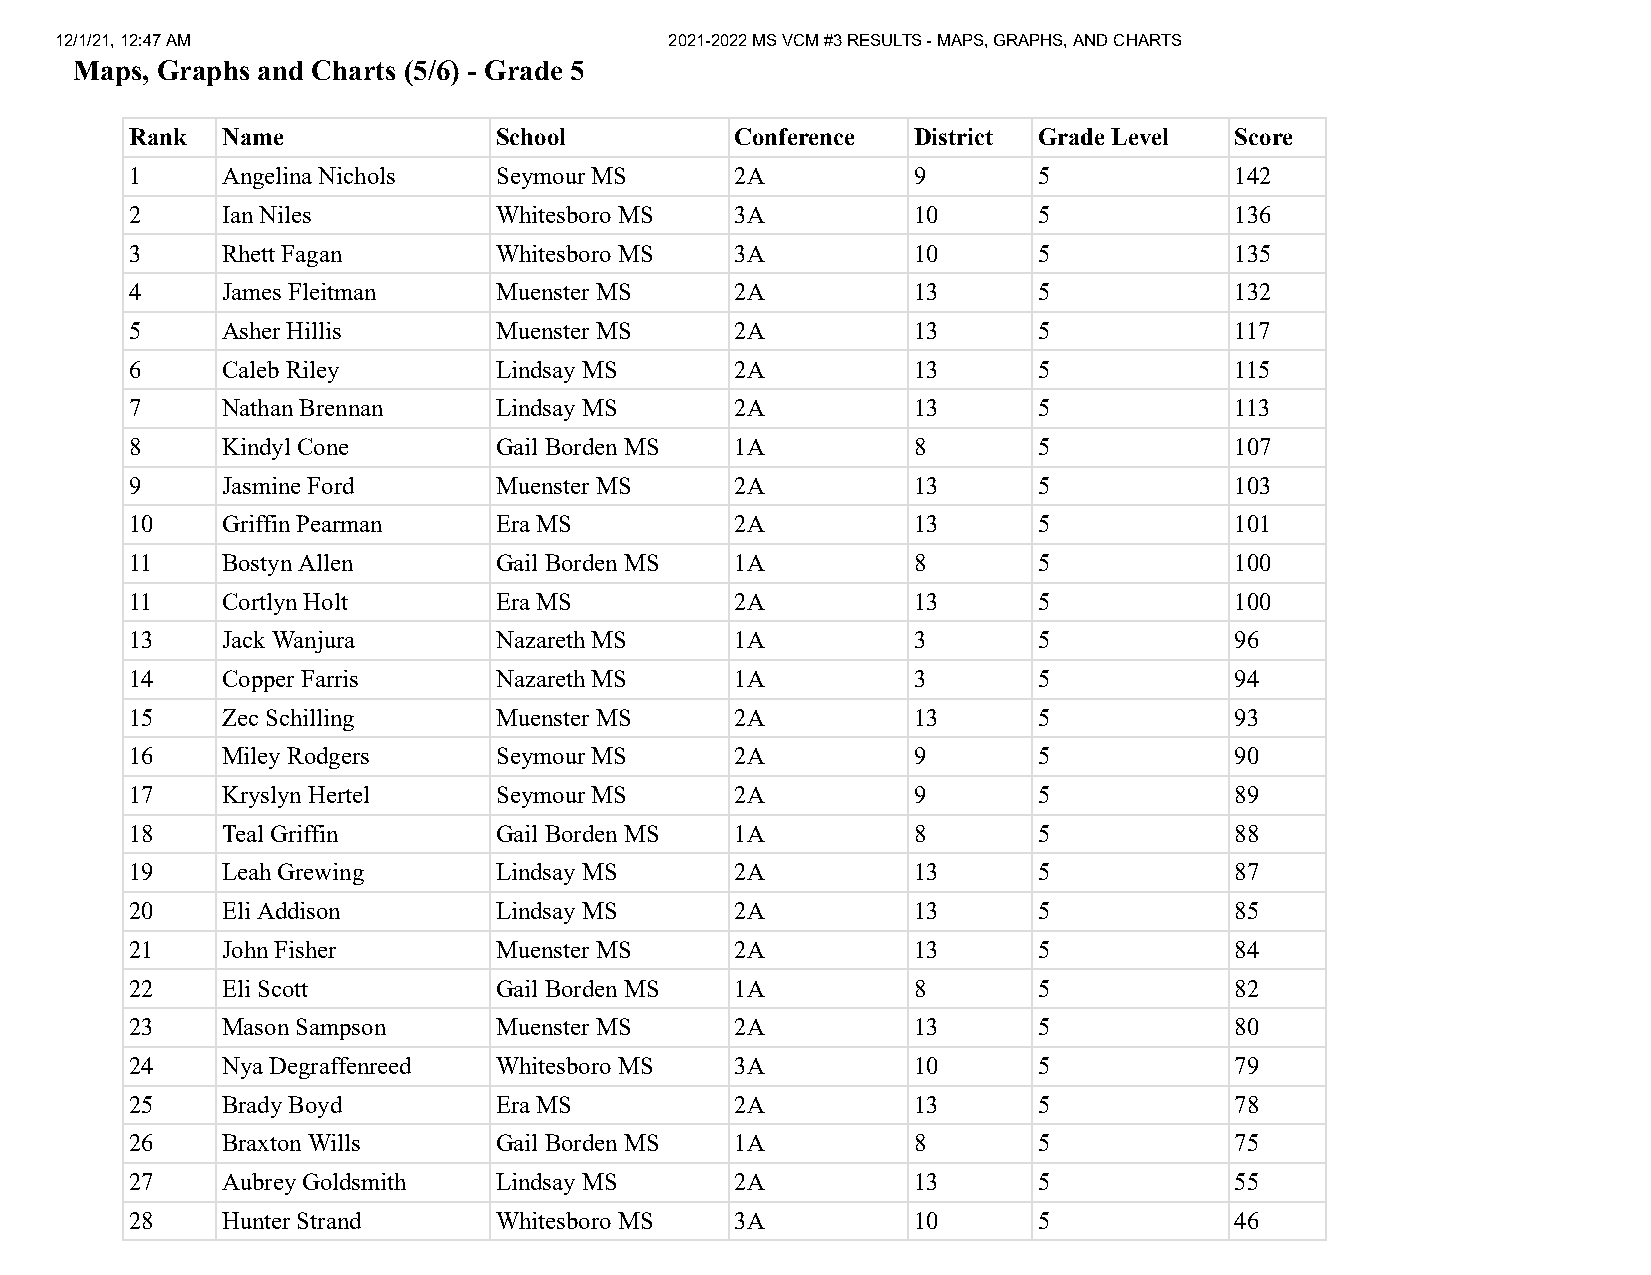
12/1/21, 12:47 AM                       2021-2022 MS VCM #3 RESULTS - MAPS, GRAPHS, AND CHARTS
 Maps, Graphs and Charts (5/6) - Grade 5
 Rank  Name              School          Conference District Grade Level  Score
 1     Angelina Nichols  Seymour MS      2A         9        5            142
 2     Ian Niles         Whitesboro MS   3A         10       5            136
 3     Rhett Fagan       Whitesboro MS   3A         10       5            135
 4     James Fleitman    Muenster MS     2A         13       5            132
 5     Asher Hillis      Muenster MS     2A         13       5            117
 6     Caleb Riley       Lindsay MS      2A         13       5            115
 7     Nathan Brennan    Lindsay MS      2A         13       5            113
 8     Kindyl Cone       Gail Borden MS  1A         8        5            107
 9     Jasmine Ford      Muenster MS     2A         13       5            103
 10    Griffin Pearman   Era MS          2A         13       5            101
 11    Bostyn Allen      Gail Borden MS  1A         8        5            100
 11    Cortlyn Holt      Era MS          2A         13       5            100
 13    Jack Wanjura      Nazareth MS     1A         3        5            96
 14    Copper Farris     Nazareth MS     1A         3        5            94
 15    Zec Schilling     Muenster MS     2A         13       5            93
 16    Miley Rodgers     Seymour MS      2A         9        5            90
 17    Kryslyn Hertel    Seymour MS      2A         9        5            89
 18    Teal Griffin      Gail Borden MS  1A         8        5            88
 19    Leah Grewing      Lindsay MS      2A         13       5            87
 20    Eli Addison       Lindsay MS      2A         13       5            85
 21    John Fisher       Muenster MS     2A         13       5            84
 22    Eli Scott         Gail Borden MS  1A         8        5            82
 23    Mason Sampson     Muenster MS     2A         13       5            80
 24    Nya Degraffenreed Whitesboro MS   3A         10       5            79
 25    Brady Boyd        Era MS          2A         13       5            78
 26    Braxton Wills     Gail Borden MS  1A         8        5            75
 27    Aubrey Goldsmith  Lindsay MS      2A         13       5            55
 28    Hunter Strand     Whitesboro MS   3A         10       5            46